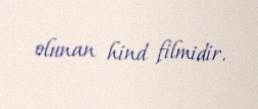
olunan hind filmidir.